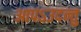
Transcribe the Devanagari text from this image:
आपऽउदन्तु